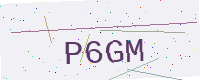
Text: P6GM